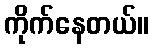
ကိုက်နေတယ်။